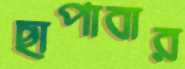
ছাপাবার